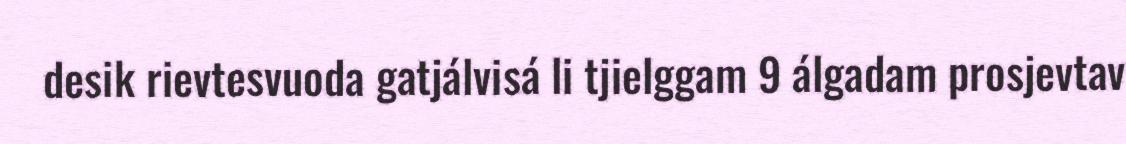
desik rievtesvuoda gatjálvisá li tjielggam 9 álgadam prosjevtav